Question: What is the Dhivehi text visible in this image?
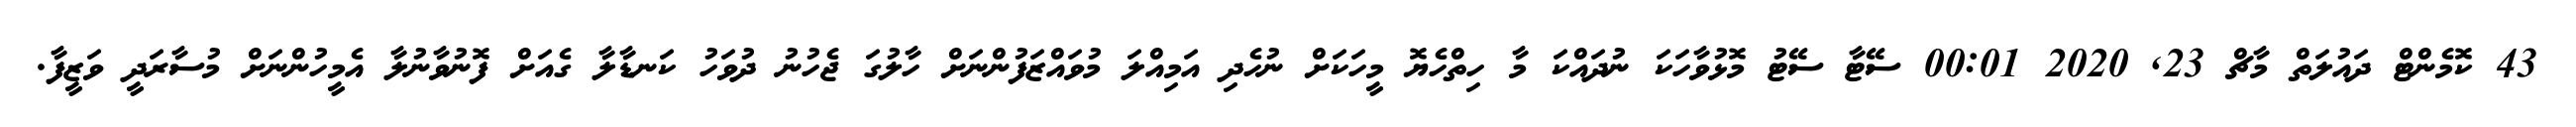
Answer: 43 ކޮމެންޓް ދައުލަތް މާޗް 23, 2020 00:01 ސޭޓާ ސޭޓު މޮޅުވާހަކަ ނުދައްކަ މާ ހިތްހެޔޮ މީހަކަށް ނުހެދި އަމިއްލަ މުވައްޒަފުންނަށް ހާލުގަ ޖެހުނު ދުވަހު ކަނޑާލާ ގެއަށް ފޮނުވާނުލާ އެމީހުންނަށް މުސާރަދީ ވަޒީފާ.